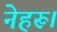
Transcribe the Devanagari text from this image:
नेहरू।